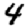
Digit: 4